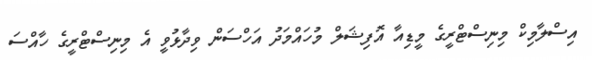
އިސްލާމިކް މިނިސްޓްރީގެ މީޑިއާ އޮފިޝަލް މުހައްމަދު އަހްސަން ވިދާޅުވީ އެ މިނިސްޓްރީގެ ހާއްސަ